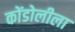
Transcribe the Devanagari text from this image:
कोंडोलीला